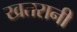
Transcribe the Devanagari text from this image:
खतरानी